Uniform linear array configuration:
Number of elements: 8
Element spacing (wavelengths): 0.25
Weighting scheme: exponential
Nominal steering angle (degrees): -30
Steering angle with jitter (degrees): -28.534
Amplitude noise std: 0.05
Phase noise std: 0.05

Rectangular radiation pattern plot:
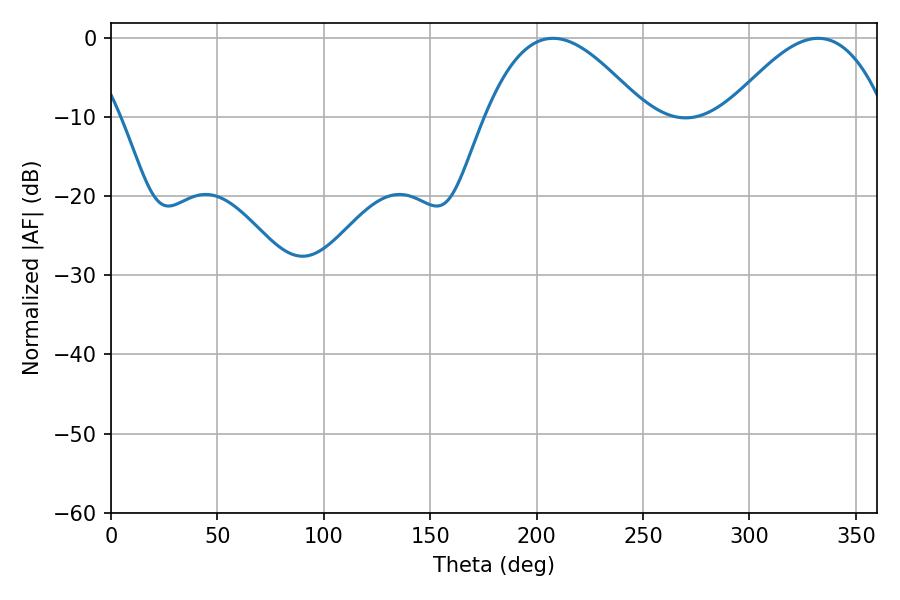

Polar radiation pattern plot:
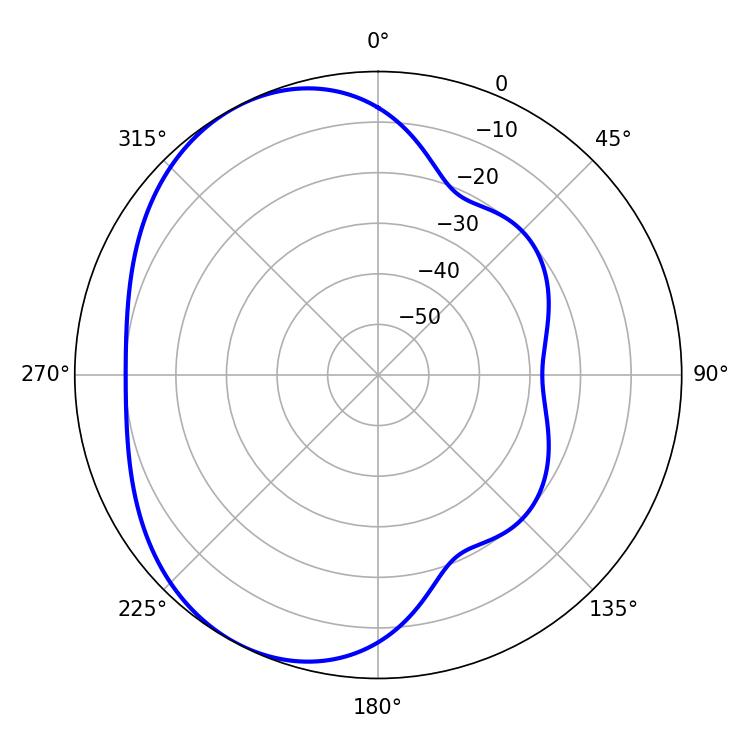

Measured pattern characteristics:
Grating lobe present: FALSE
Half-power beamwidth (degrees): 40.68
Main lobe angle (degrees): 207.72